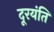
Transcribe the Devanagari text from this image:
दूरयंति